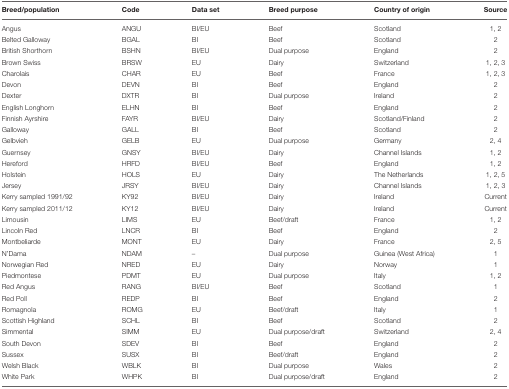
<table><thead><tr><td><b>Breed/population</b></td><td><b>Code</b></td><td><b>Data set</b></td><td><b>Breed purpose</b></td><td><b>Country of origin</b></td><td><b>Source</b></td></tr></thead><tbody><tr><td>Angus</td><td>ANGU</td><td>BI/EU</td><td>Beef</td><td>Scotland</td><td>1, 2</td></tr><tr><td>Belted Galloway</td><td>BGAL</td><td>BI</td><td>Beef</td><td>Scotland</td><td>2</td></tr><tr><td>British Shorthorn</td><td>BSHN</td><td>BI/EU</td><td>Dual purpose</td><td>England</td><td>2</td></tr><tr><td>Brown Swiss</td><td>BRSW</td><td>EU</td><td>Dairy</td><td>Switzerland</td><td>1, 2, 3</td></tr><tr><td>Charolais</td><td>CHAR</td><td>EU</td><td>Beef</td><td>France</td><td>1, 2, 3</td></tr><tr><td>Devon</td><td>DEVN</td><td>BI</td><td>Beef</td><td>England</td><td>2</td></tr><tr><td>Dexter</td><td>DXTR</td><td>BI</td><td>Dual purpose</td><td>Ireland</td><td>2</td></tr><tr><td>English Longhorn</td><td>ELHN</td><td>BI</td><td>Beef</td><td>England</td><td>2</td></tr><tr><td>Finnish Ayrshire</td><td>FAYR</td><td>BI/EU</td><td>Dairy</td><td>Scotland/Finland</td><td>2</td></tr><tr><td>Galloway</td><td>GALL</td><td>BI</td><td>Beef</td><td>Scotland</td><td>2</td></tr><tr><td>Gelbvieh</td><td>GELB</td><td>EU</td><td>Dual purpose</td><td>Germany</td><td>2, 4</td></tr><tr><td>Guernsey</td><td>GNSY</td><td>BI/EU</td><td>Dairy</td><td>Channel Islands</td><td>1, 2</td></tr><tr><td>Hereford</td><td>HRFD</td><td>BI/EU</td><td>Beef</td><td>England</td><td>1, 2</td></tr><tr><td>Holstein</td><td>HOLS</td><td>EU</td><td>Dairy</td><td>The Netherlands</td><td>1, 2, 5</td></tr><tr><td>Jersey</td><td>JRSY</td><td>BI/EU</td><td>Dairy</td><td>Channel Islands</td><td>1, 2, 3</td></tr><tr><td>Kerry sampled 1991/92</td><td>KY92</td><td>BI/EU</td><td>Dairy</td><td>Ireland</td><td>Current</td></tr><tr><td>Kerry sampled 2011/12</td><td>KY12</td><td>BI/EU</td><td>Dairy</td><td>Ireland</td><td>Current</td></tr><tr><td>Limousin</td><td>LIMS</td><td>EU</td><td>Beef/draft</td><td>France</td><td>1, 2</td></tr><tr><td>Lincoln Red</td><td>LNCR</td><td>BI</td><td>Beef</td><td>England</td><td>2</td></tr><tr><td>Montbeliarde</td><td>MONT</td><td>EU</td><td>Dairy</td><td>France</td><td>2, 5</td></tr><tr><td>N&#x27;Dama</td><td>NDAM</td><td>–</td><td>Dual purpose</td><td>Guinea (West Africa)</td><td>1</td></tr><tr><td>Norwegian Red</td><td>NRED</td><td>EU</td><td>Dairy</td><td>Norway</td><td>1</td></tr><tr><td>Piedmontese</td><td>PDMT</td><td>EU</td><td>Dual purpose</td><td>Italy</td><td>1, 2</td></tr><tr><td>Red Angus</td><td>RANG</td><td>BI/EU</td><td>Beef</td><td>Scotland</td><td>1</td></tr><tr><td>Red Poll</td><td>REDP</td><td>BI</td><td>Beef</td><td>England</td><td>2</td></tr><tr><td>Romagnola</td><td>ROMG</td><td>EU</td><td>Beef/draft</td><td>Italy</td><td>1</td></tr><tr><td>Scottish Highland</td><td>SCHL</td><td>BI</td><td>Beef</td><td>Scotland</td><td>2</td></tr><tr><td>Simmental</td><td>SIMM</td><td>EU</td><td>Dual purpose/draft</td><td>Switzerland</td><td>2, 4</td></tr><tr><td>South Devon</td><td>SDEV</td><td>BI</td><td>Beef</td><td>England</td><td>2</td></tr><tr><td>Sussex</td><td>SUSX</td><td>BI</td><td>Beef/draft</td><td>England</td><td>2</td></tr><tr><td>Welsh Black</td><td>WBLK</td><td>BI</td><td>Dual purpose</td><td>Wales</td><td>2</td></tr><tr><td>White Park</td><td>WHPK</td><td>BI</td><td>Dual purpose/draft</td><td>England</td><td>2</td></tr></tbody></table>